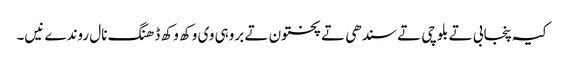
کیہ پنجابی تے بلوچی تے سندھی تے پختون تے بروہی وی وکھ وکھ ڈھنگ نال روندے نیں۔